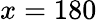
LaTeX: x=180